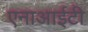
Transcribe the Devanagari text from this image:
एनाआईटी